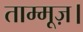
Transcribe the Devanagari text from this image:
ताम्मूज़।